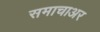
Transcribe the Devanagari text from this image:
समाचाअर